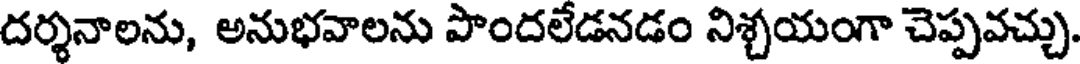
దర్శనాలను, అనుభవాలను పొందలేడనడం నిశ్చయంగా చెప్పవచ్చు